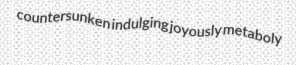
countersunken indulging joyously metaboly